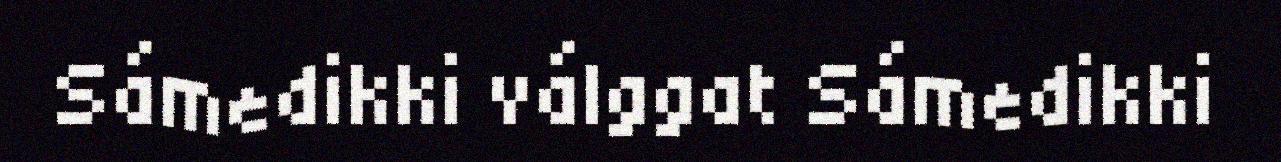
Sámedikki válggat Sámedikki